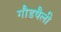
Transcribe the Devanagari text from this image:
गौडषैली